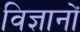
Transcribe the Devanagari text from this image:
विज्ञानों